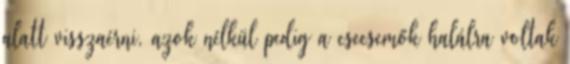
alatt visszaérni, azok nélkül pedig a csecsemők halálra voltak